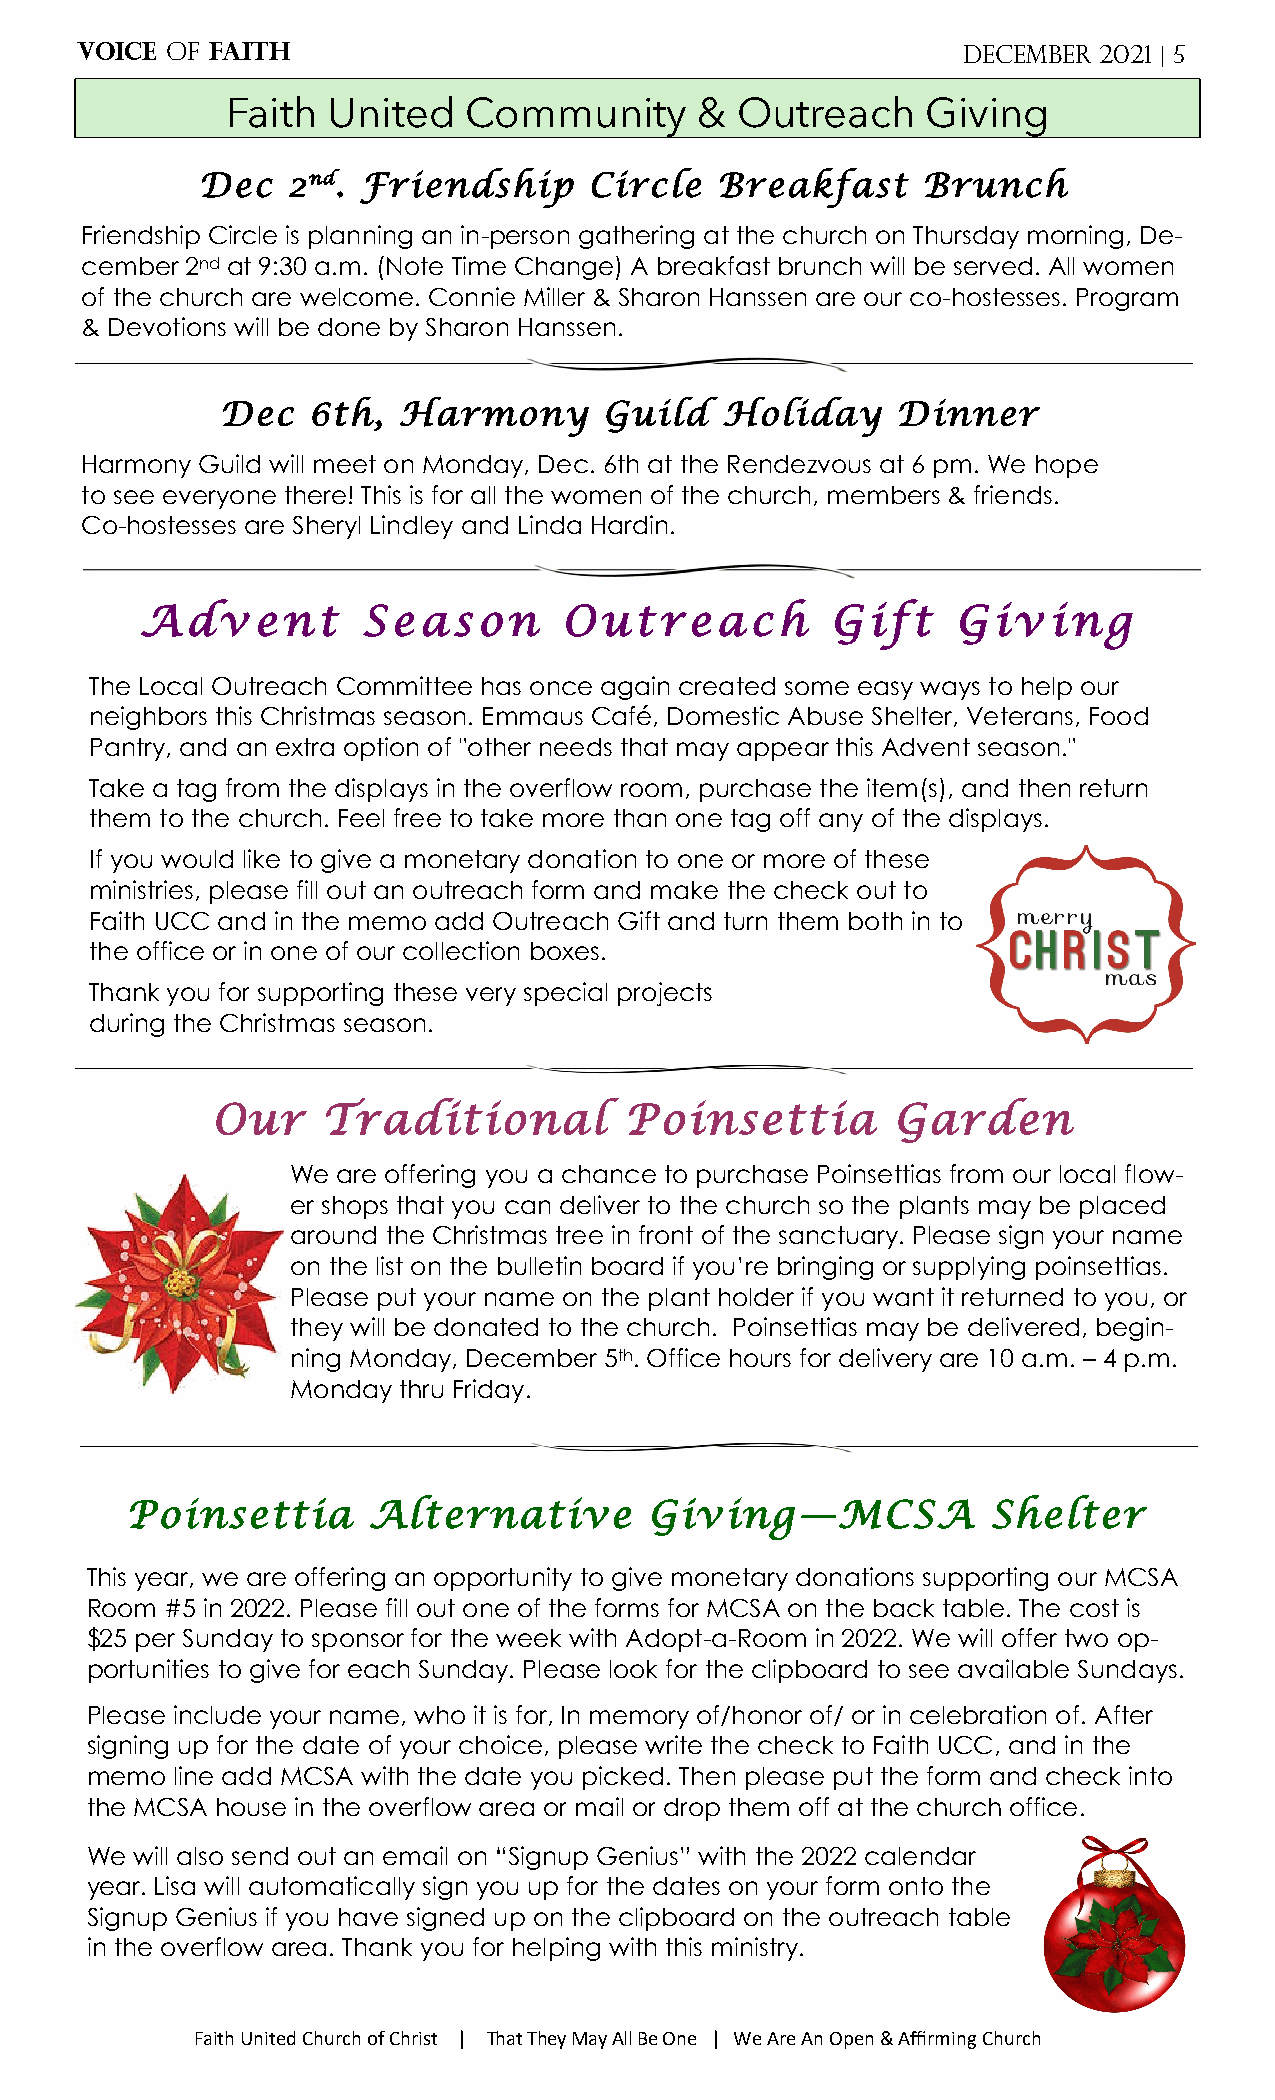
VOICE of FAITH                                             December 2021 | 5
 Faith  United   Community      &  Outreach    Giving
 Dec   2nd. Friendship     Circle  Breakfast     Brunch
 Friendship Circle is planning an in-person gathering at the church on Thursday morning, De-
 cember 2nd at 9:30 a.m. (Note Time Change) A breakfast brunch will be served. All women
 of the church are welcome. Connie Miller & Sharon Hanssen are our co-hostesses. Program
 & Devotions will be done by Sharon Hanssen.
 Dec  6th,  Harmony       Guild   Holiday    Dinner
 Harmony Guild will meet on Monday, Dec. 6th at the Rendezvous at 6 pm. We hope
 to see everyone there! This is for all the women of the church, members & friends.
 Co-hostesses are Sheryl Lindley and Linda Hardin.
 Advent         Season       Outreach          Gift    Giving
 The Local Outreach Committee has once again created some easy ways to help our
 neighbors this Christmas season. Emmaus Café, Domestic Abuse Shelter, Veterans, Food
 Pantry, and an extra option of "other needs that may appear this Advent season."
 Take a tag from the displays in the overflow room, purchase the item(s), and then return
 them to the church. Feel free to take more than one tag off any of the displays.
 If you would like to give a monetary donation to one or more of these
 ministries, please fill out an outreach form and make the check out to
 Faith UCC and in the memo add Outreach Gift and turn them both in to
 the office or in one of our collection boxes.
 Thank you for supporting these very special projects
 during the Christmas season.
 Our    Traditional         Poinsettia        Garden
 We are offering you a chance to purchase Poinsettias from our local flow-
 er shops that you can deliver to the church so the plants may be placed
 around the Christmas tree in front of the sanctuary. Please sign your name
 on the list on the bulletin board if you’re bringing or supplying poinsettias.
 Please put your name on the plant holder if you want it returned to you, or
 they will be donated to the church. Poinsettias may be delivered, begin-
 ning Monday, December 5th. Office hours for delivery are 10 a.m. – 4 p.m.
 Monday thru Friday.
 Poinsettia      Alternative        Giving—MCSA            Shelter
 This year, we are offering an opportunity to give monetary donations supporting our MCSA
 Room #5 in 2022. Please fill out one of the forms for MCSA on the back table. The cost is
 $25 per Sunday to sponsor for the week with Adopt-a-Room in 2022. We will offer two op-
 portunities to give for each Sunday. Please look for the clipboard to see available Sundays.
 Please include your name, who it is for, In memory of/honor of/ or in celebration of. After
 signing up for the date of your choice, please write the check to Faith UCC, and in the
 memo line add MCSA with the date you picked. Then please put the form and check into
 the MCSA house in the overflow area or mail or drop them off at the church office.
 We will also send out an email on “Signup Genius” with the 2022 calendar
 year. Lisa will automatically sign you up for the dates on your form onto the
 Signup Genius if you have signed up on the clipboard on the outreach table
 in the overflow area. Thank you for helping with this ministry.
 Faith United Church of Christ | That They May All Be One | We Are An Open & Affirming Church